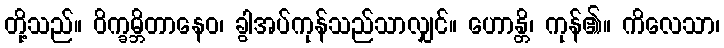
တို့သည်။ ဝိက္ခမ္ဘိတာနေဝ၊ ခွါအပ်ကုန်သည်သာလျှင်။ ဟောန္တိ၊ ကုန်၏။ ကိလေသာ၊